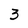
Character: 3